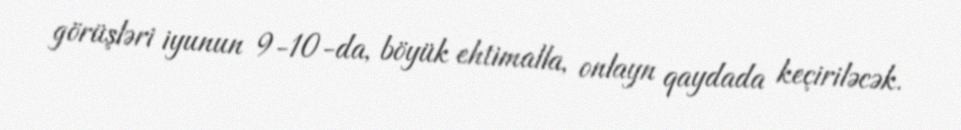
görüşləri iyunun 9-10-da, böyük ehtimalla, onlayn qaydada keçiriləcək.